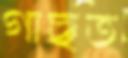
গাছত